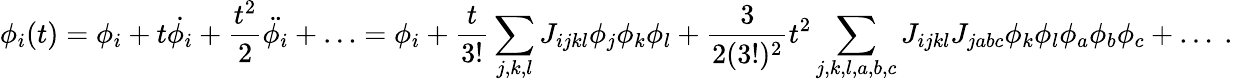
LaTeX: \phi_{i}(t)=\phi_{i}+t\dot{\phi_{i}}+\frac{t^{2}}{2}\ddot{\phi_{i}}+\ldots=\phi_{i}+\frac{t}{3!}\sum_{j,k,l}J_{ijkl}\phi_{j}\phi_{k}\phi_{l}+\frac{3}{2(3!)^{2}}t^{2}\sum_{j,k,l,a,b,c}J_{ijkl}J_{jabc}\phi_{k}\phi_{l}\phi_{a}\phi_{b}\phi_{c}+\ldots~.